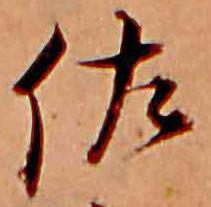
佐